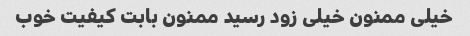
خیلی ممنون خیلی زود رسید ممنون بابت کیفیت خوب